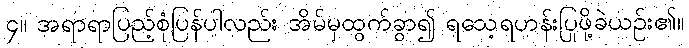
၄။ အရာရာပြည့်စုံပြန်ပါလည်း အိမ်မှထွက်ခွာ၍ ရသေ့ရဟန်းပြုဖို့ခဲယဉ်း၏။